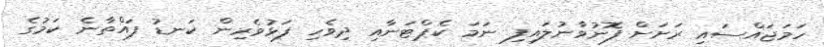
ހަމަޖައްސައި ރަށަށް ފޮނުވާނުލައިފި ނަމަ ކެޕްޓަނާއި ދިވެހި ފަޅުވެރިން ކަނޑު ފައްތާނެ ކަމުގެ